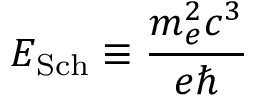
E _ { \mathrm { S c h } } \equiv \frac { m _ { e } ^ { 2 } c ^ { 3 } } { e \hbar }